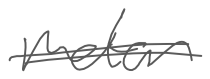
Text: motor
Cross-out: double-line
Writing tool: digital_gray